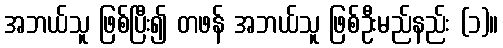
အဘယ်သူ ဖြစ်ပြီး၍ တဖန် အဘယ်သူ ဖြစ်ဦးမည်နည်း (၁)။